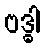
ဗဒ္ဓါ